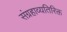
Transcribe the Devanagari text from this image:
संग्रहाव्यतिरिक्त